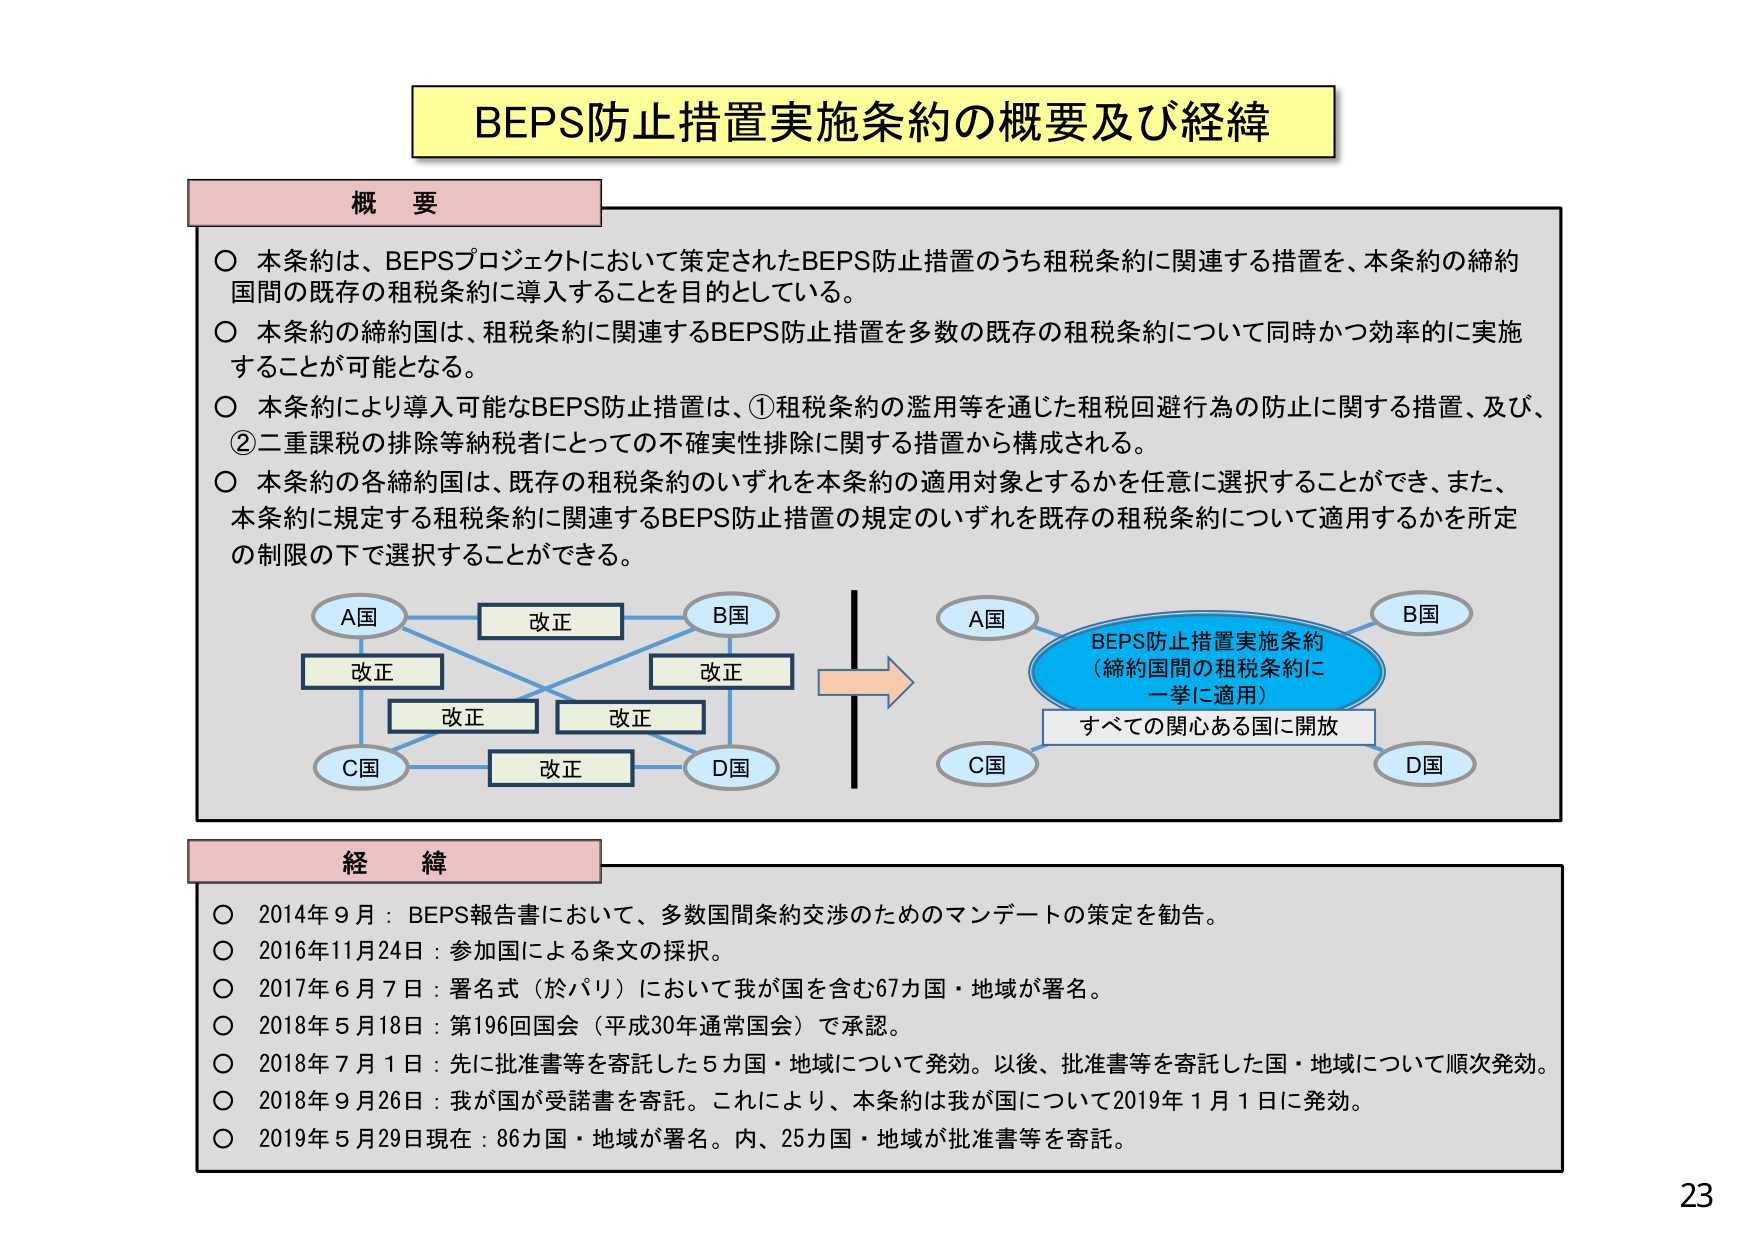
BEPS防止措置実施条約の概要及び経緯

概要
○ 本条約は、BEPSプロジェクトにおいて策定されたBEPS防止措置のうち租税条約に関連する措置を、本条約の締約国間の既存の租税条約に導入することを目的としている。
○ 本条約の締約国は、租税条約に関連するBEPS防止措置を多数の既存の租税条約について同時かつ効率的に実施することが可能となる。
○ 本条約により導入可能なBEPS防止措置は、①租税条約の濫用等を通じた租税回避行為の防止に関する措置、及び、②二重課税の排除等納税者にとっての不確実性排除に関する措置から構成される。
○ 本条約の各締約国は、既存の租税条約のいずれを本条約の適用対象とするかを任意に選択することができ、また、本条約に規定する租税条約に関連するBEPS防止措置の規定のいずれを既存の租税条約について適用するかを所定の制限の下で選択することができる。

A国
改正
B国
改正
改正
改正
C国
D国

A国
B国
BEPS防止措置実施条約
（締約国間の租税条約に
一挙に適用）
すべての関心ある国に開放
C国
D国

経緯
○ 2014年9月：BEPS報告書において、多数国間条約交渉のためのマンデートの策定を勧告。
○ 2016年11月24日：参加国による条文の採択。
○ 2017年6月7日：署名式（於パリ）において我が国を含む67カ国・地域が署名。
○ 2018年5月18日：第196回国会（平成30年通常国会）で承認。
○ 2018年7月1日：先に批准書等を寄託した5カ国・地域について発効。以後、批准書等を寄託した国・地域について順次発効。
○ 2018年9月26日：我が国が受諾書を寄託。これにより、本条約は我が国について2019年1月1日に発効。
○ 2019年5月29日現在：86カ国・地域が署名。内、25カ国・地域が批准書等を寄託。

23